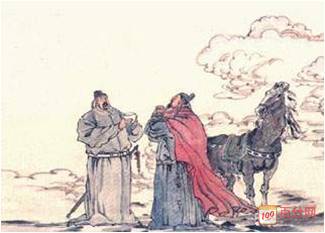
下马饮君酒，问君何所之？